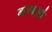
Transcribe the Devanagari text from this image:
करबाते